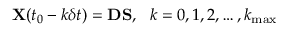
{ \bf X } ( t _ { 0 } - k \delta t ) = { \bf D } { \bf S } , ~ ~ k = 0 , 1 , 2 , \ldots , k _ { \mathrm { m a x } }